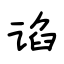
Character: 谄